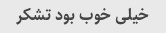
خیلی خوب بود تشکر